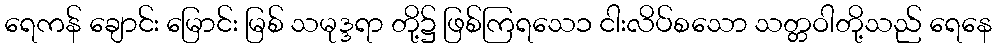
ရေကန် ချောင်း မြောင်း မြစ် သမုဒ္ဒရာ တို့၌ ဖြစ်ကြရသေ၁ ငါးလိပ်စသော သတ္တဝါတို့သည် ရေနေ